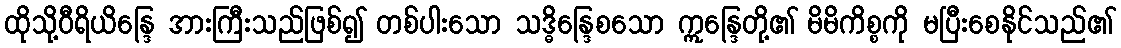
ထိုသို့ဝီရိယိန္ဒြေ အားကြီးသည်ဖြစ်၍ တစ်ပါးသော သဒ္ဓိန္ဒြေစသော ဣန္ဒြေတို့၏ မိမိကိစ္စကို မပြီးစေနိုင်သည်၏